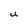
Character: U